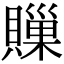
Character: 𧷣